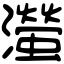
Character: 㶈